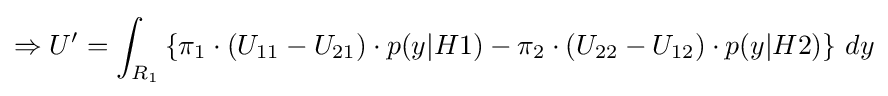
\Rightarrow U'=\int _{R_{1}}\left\{\pi _{1}\cdot (U_{11}-U_{21})\cdot p(y|H1)-\pi _{2}\cdot (U_{22}-U_{12})\cdot p(y|H2)\right\}\,dy